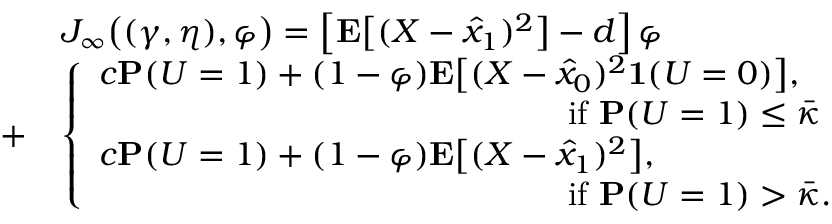
\begin{array} { r l } & { J _ { \infty } \big ( ( \gamma , \eta ) , \varphi \big ) = \left[ \mathbf { E } \big [ ( X - \hat { x } _ { 1 } ) ^ { 2 } \big ] - d \right] \varphi } \\ { + } & { \left\{ \begin{array} { l l } { c \mathbf { P } ( U = 1 ) + ( 1 - \varphi ) \mathbf { E } \big [ ( X - \hat { x } _ { 0 } ) ^ { 2 } \mathbf { 1 } ( U = 0 ) \big ] , } \\ { \qquad \qquad \qquad \qquad \qquad \qquad \qquad \mathrm { i f ~ } \mathbf { P } ( U = 1 ) \le \bar { \kappa } } \\ { c \mathbf { P } ( U = 1 ) + ( 1 - \varphi ) \mathbf { E } \big [ ( X - \hat { x } _ { 1 } ) ^ { 2 } \big ] , } \\ { \qquad \qquad \qquad \qquad \qquad \qquad \qquad \mathrm { i f ~ } \mathbf { P } ( U = 1 ) > \bar { \kappa } . } \end{array} \right. } \end{array}